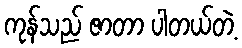
ကုန်သည် ဇာတာ ပါတယ်တဲ့